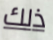
ذلك